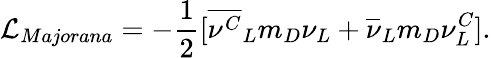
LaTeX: {\cal{L}}_{Majorana}=-{\frac{1}{2}}[{\overline{{{\nu^{C}}}}}_{L}{m_{D}}\nu_{L}+{\overline{{{\nu}}}}_{L}{m_{D}}\nu_{L}^{C}].